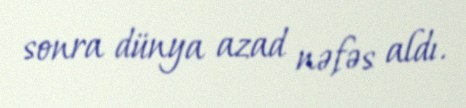
sonra dünya azad nəfəs aldı.